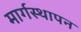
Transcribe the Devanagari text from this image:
मार्गस्थापन